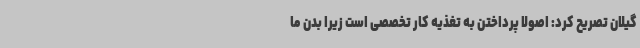
گیلان تصریح کرد: اصولا پرداختن به تغذیه کار تخصصی است زیرا بدن ما